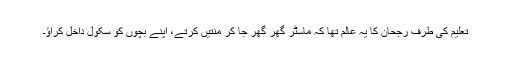
تعلیم کی طرف رجحان کا یہ عالم تھا کہ ماسٹر گھر گھر جا کر منتیں کرتے، اپنے بچوں کو سکول داخل کراؤ۔